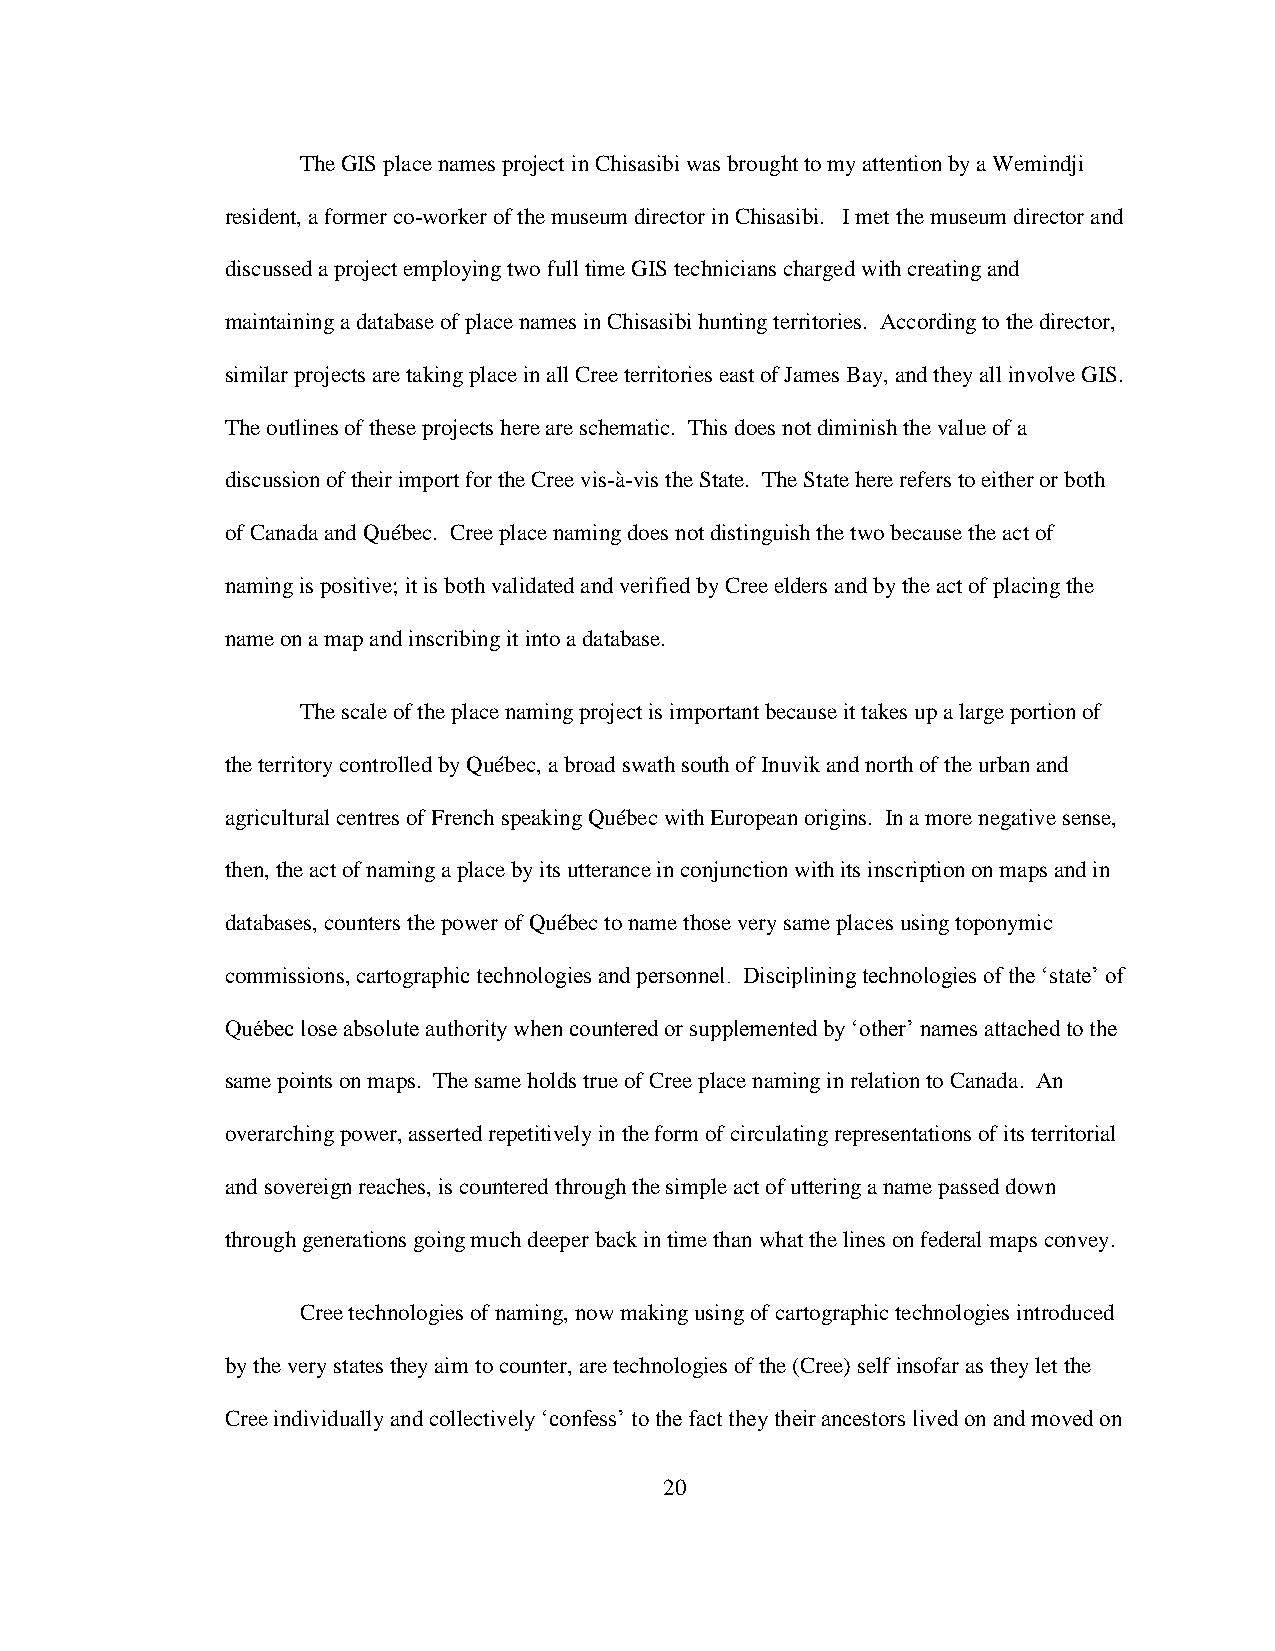
The GIS place names project in Chisasibi was brought to my attention by a Wemindji
 resident, a former co-worker of the museum director in Chisasibi. I met the museum director and
 discussed a project employing two full time GIS technicians charged with creating and
 maintaining a database of place names in Chisasibi hunting territories. According to the director,
 similar projects are taking place in all Cree territories east of James Bay, and they all involve GIS.
 The outlines of these projects here are schematic. This does not diminish the value of a
 discussion of their import for the Cree vis-à-vis the State. The State here refers to either or both
 of Canada and Québec. Cree place naming does not distinguish the two because the act of
 naming is positive; it is both validated and verified by Cree elders and by the act of placing the
 name on a map and inscribing it into a database.
 The scale of the place naming project is important because it takes up a large portion of
 the territory controlled by Québec, a broad swath south of Inuvik and north of the urban and
 agricultural centres of French speaking Québec with European origins. In a more negative sense,
 then, the act of naming a place by its utterance in conjunction with its inscription on maps and in
 databases, counters the power of Québec to name those very same places using toponymic
 commissions, cartographic technologies and personnel. Disciplining technologies of the „state‟ of
 Québec lose absolute authority when countered or supplemented by „other‟ names attached to the
 same points on maps. The same holds true of Cree place naming in relation to Canada. An
 overarching power, asserted repetitively in the form of circulating representations of its territorial
 and sovereign reaches, is countered through the simple act of uttering a name passed down
 through generations going much deeper back in time than what the lines on federal maps convey.
 Cree technologies of naming, now making using of cartographic technologies introduced
 by the very states they aim to counter, are technologies of the (Cree) self insofar as they let the
 Cree individually and collectively „confess‟ to the fact they their ancestors lived on and moved on
 20